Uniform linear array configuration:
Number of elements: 8
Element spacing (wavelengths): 0.5
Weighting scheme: exponential
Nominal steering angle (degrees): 15
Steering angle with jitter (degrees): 15.047
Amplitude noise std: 0.05
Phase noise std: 0.05

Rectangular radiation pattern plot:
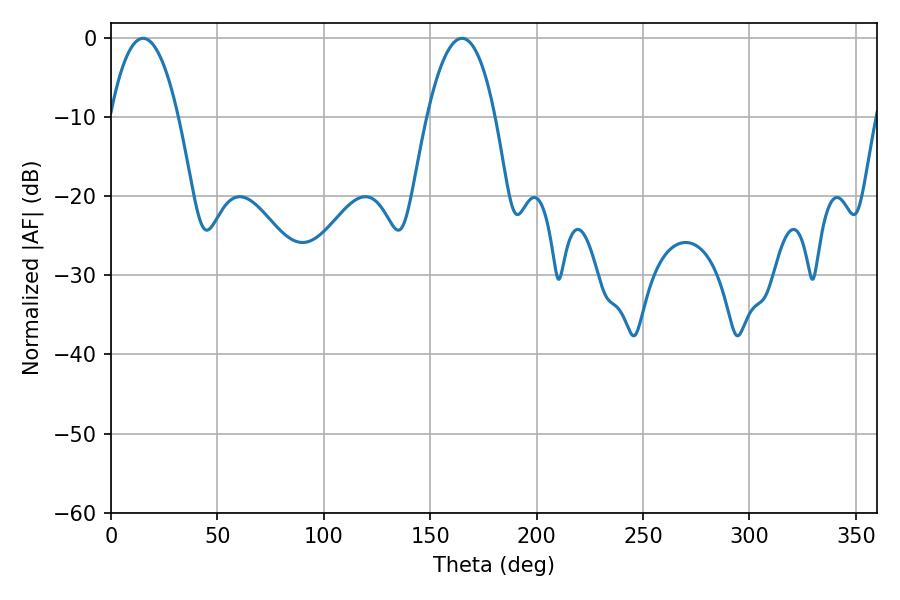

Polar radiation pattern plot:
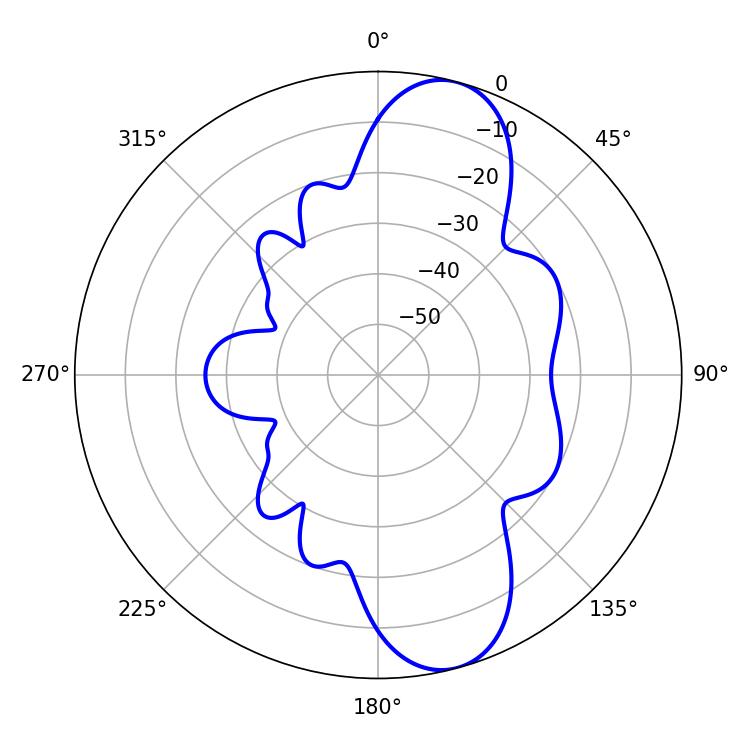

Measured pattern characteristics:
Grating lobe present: FALSE
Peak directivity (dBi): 10.474
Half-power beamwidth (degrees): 17.82
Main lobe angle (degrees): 15.12